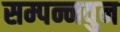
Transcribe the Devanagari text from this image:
सम्पन्नवुन